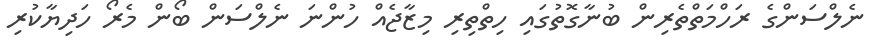
ނެލްސަންގެ ރަހްމަތްތެރިން ބުނާގޮތުގައި ހިތްތިރި މިޒާޖެއް ހުންނަ ނެލްސަން ބޯން މެރޯ ހަދިޔާކުރި